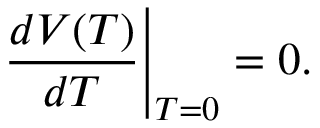
\left. \frac { d V ( T ) } { d T } \right| _ { T = 0 } = 0 .